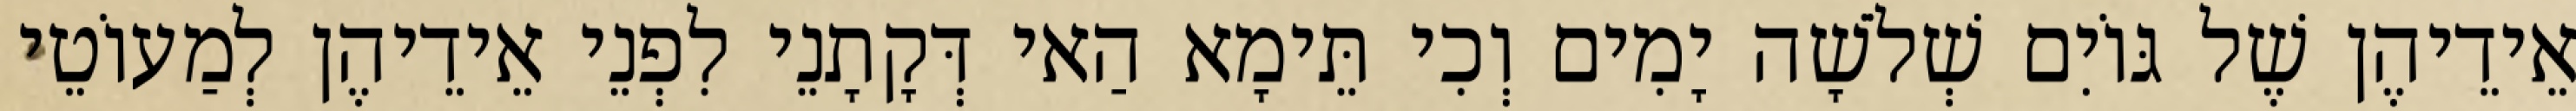
אֵידֵיהֶן שֶׁל גּוֹיִם שְׁלֹשָׁה יָמִים וְכִי תֵּימָא הַאי דְּקָתָנֵי לִפְנֵי אֵידֵיהֶן לְמַעוֹטֵי